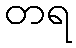
တရ